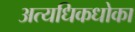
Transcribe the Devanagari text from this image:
अत्यधिकधोका